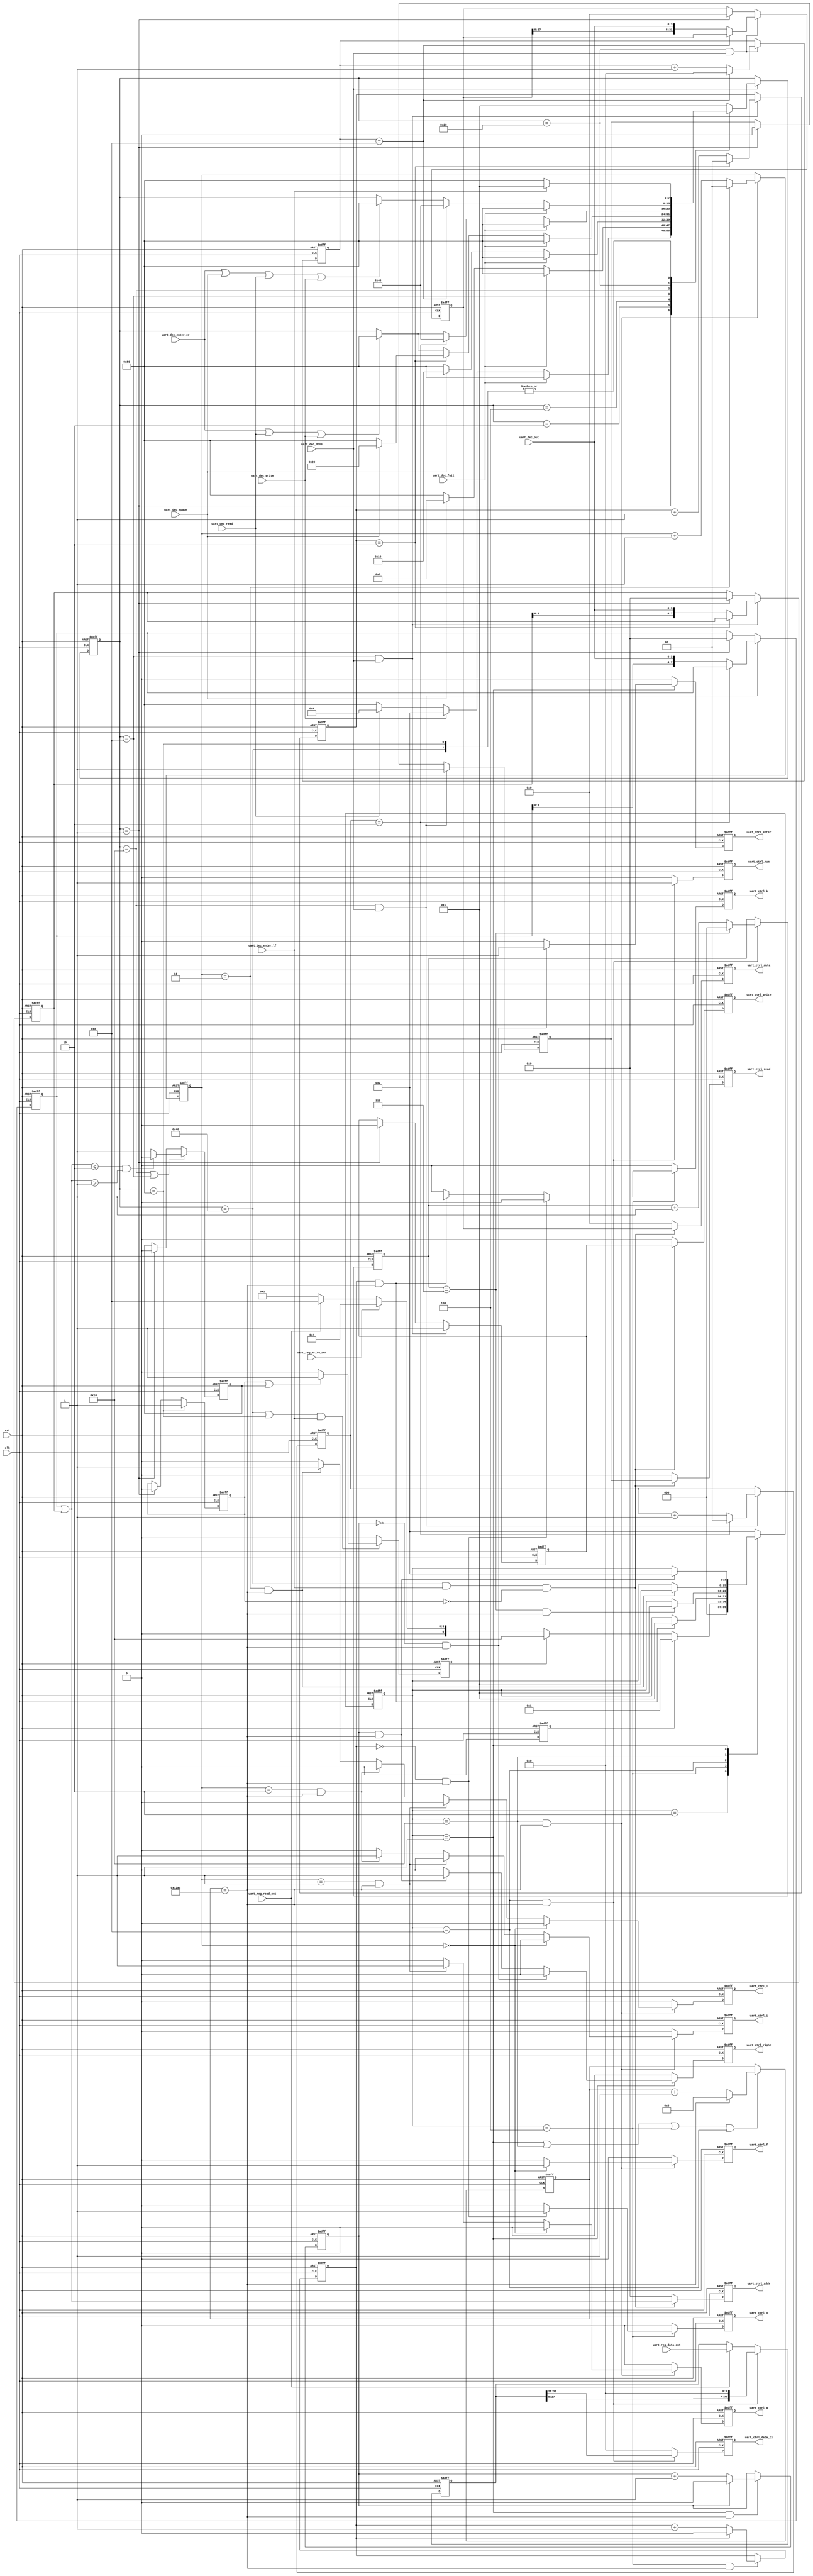
`timescale 1ns / 1ps

module UART_CTRL (
    // system signals
    input   wire                        clk                                     , // (i) clock
    input   wire                        rst                                     , // (i) reset (high-active)

    // UART_DEC
    input   wire[3:0]                   uart_dec_out                            , // (i) UART_DEC data in

    input   wire                        uart_dec_done                           , // (i) UART_DEC start in

    input   wire                        uart_dec_write                          , // (i) signal write
    input   wire                        uart_dec_read                           , // (i) signal read
    input   wire                        uart_dec_space                          , // (i) signal space
    input   wire                        uart_dec_enter_cr                       , // (i) signal enter cr
    input   wire                        uart_dec_enter_lf                       , // (i) signal enter lf

    input   wire                        uart_dec_fail                           , // (i) UART_DEC fail in

    // UART_REG
    input   wire                        uart_reg_read_out                       , // (i) UART_REG read signal
    input   wire                        uart_reg_write_out                      , // (i) UART_REG write signal
    input   wire[31:0]                  uart_reg_data_out                       , // (i) UART_REG data

    // UART_TX
    output  wire                        uart_ctrl_read                          , // (o) UART_CTRL read
    output  wire                        uart_ctrl_write                         , // (o) UART_CTRL write

    output  wire[31:0]                  uart_ctrl_data                          , // (o) UART_CTRL data out
    output  wire[7:0]                   uart_ctrl_addr                          , // (o) UART_CTRL data out

    // UART_ENC
    output  wire                        uart_ctrl_o                             , // (o) O signal
    output  wire                        uart_ctrl_k                             , // (o) K signal

    output  wire                        uart_ctrl_f                             , // (o) F signal
    output  wire                        uart_ctrl_a                             , // (o) A signal
    output  wire                        uart_ctrl_i                             , // (o) I signal
    output  wire                        uart_ctrl_l                             , // (o) L signal

    output  wire                        uart_ctrl_num                           , // (o) number signal
    output  wire[3:0]                   uart_ctrl_data_tx                       , // (o) UART_CTRL data

    output  wire                        uart_ctrl_enter                         , // (o) enter signal
    output  wire                        uart_ctrl_right                           // (o) right signal
    );

    // -------------------------------------------------------------
    // Parameter definition
    // -------------------------------------------------------------
    // STATEs of RECEIVE STATE MACHINE
    parameter                           P_IDLE_RX               = 8'b0000_0001  ; // idle
    parameter                           P_WRITE_RX              = 8'b0000_0010  ; // write
    parameter                           P_READ_RX               = 8'b0000_0100  ; // read
    parameter                           P_ADDR_W_RX             = 8'b0000_1000  ; // addr_w
    parameter                           P_ADDR_R_RX             = 8'b0001_0000  ; // addr_r
    parameter                           P_DATA_RX               = 8'b0010_0000  ; // data
    parameter                           P_ENTER_RX              = 8'b0100_0000  ; // enter
    parameter                           P_FAIL_RX               = 8'b1000_0000  ; // fail

    // STATEs of TRANSFER STATE MACHINE
    parameter                           P_RESET_TX              = 5'b0_0001     ; // reset
    parameter                           P_IDLE_TX               = 5'b0_0010     ; // idle
    parameter                           P_WRITE_TX              = 5'b0_0100     ; // write
    parameter                           P_READ_TX               = 5'b0_1000     ; // read
    parameter                           P_FAIL_TX               = 5'b1_0000     ; // fail

    //time count
    parameter                           TIME_CNT                = 13'd4780      ; //1 data time count
    // -------------------------------------------------------------
    // Internal signal definition
    // -------------------------------------------------------------
    // state machine
    reg         [7:0]                   r_ctrl_state_rx                         ; // FSM receive
    reg         [7:0]                   r_ctrl_state_tx                         ; // FSM transfer

    //reset
    reg                                 r_ctrl_reset                            ; // reset

    // state address write
    reg         [7:0]                   r_addr_w                                ; // write address
    reg         [1:0]                   r_addr_w_cnt                            ; // write address count
    reg                                 r_ctrl_write                            ; // state write register

    // state address read
    reg         [7:0]                   r_addr_r                                ; // read address
    reg         [1:0]                   r_addr_r_cnt                            ; // read address count
    reg                                 r_ctrl_read                             ; // state read register

    // state data write
    reg         [31:0]                  r_data_w                                ; // write data
    reg         [3:0]                   r_data_w_cnt                            ; // write data count

    // state fail
    reg                                 r_addr_fail                             ; // address fail
    reg                                 r_ctrl_fail                             ; // UART_CTRL fail register

    // state send
    reg                                 r_ctrl_read_1                           ; // state read register
    reg                                 r_ctrl_write_1                          ; // state write register
    reg                                 r_ctrl_fail_1                           ; // state fail register
    reg         [7:0]                   r_ctrl_addr_1                           ; // addr register
    reg         [31:0]                  r_ctrl_data_1                           ; // data register

    //transfer clock count
    reg         [12:0]                  r_clk_cnt                               ; // clock count

    //reset
    reg                                 r_rst_cnt                               ; // reset count

    reg                                 r_rst_enter                             ; // enter signal
    reg                                 r_rst_right                             ; // right signal

    //write
    reg                                 r_w_cnt                                 ; // write count

    reg                                 r_w_o                                   ; // O signal
    reg                                 r_w_k                                   ; // K signal

    //read
    reg         [2:0]                   r_r_cnt                                 ; // read count

    reg                                 r_num                                   ; // number signal
    reg         [31:0]                  r_data_buf                              ; // data buffer
    reg         [3:0]                   r_r_data                                ; // data out register

    //fail
    reg         [1:0]                   r_fail_cnt                              ; // fail count

    reg                                 r_fail_f                                ; // F signal
    reg                                 r_fail_a                                ; // A signal
    reg                                 r_fail_i                                ; // I signal
    reg                                 r_fail_l                                ; // L signal
// =============================================================================
// RTL Body
// =============================================================================

    // FSM receive
    always @(posedge clk or posedge rst) begin
        if (rst) begin
            // reset
            r_ctrl_state_rx <= P_IDLE_RX;
        end else if (uart_dec_done) begin
            case ( r_ctrl_state_rx )

                // idle
                P_IDLE_RX : begin
                    if (uart_dec_fail) begin
                        r_ctrl_state_rx <= P_FAIL_RX;
                    end else if (uart_dec_write) begin
                        r_ctrl_state_rx <= P_WRITE_RX;
                    end else if (uart_dec_read) begin
                        r_ctrl_state_rx <= P_READ_RX;
                    end else begin
                        r_ctrl_state_rx <= P_FAIL_RX;
                    end
                end

                // write
                P_WRITE_RX : begin
                    if (uart_dec_fail) begin
                        r_ctrl_state_rx <= P_FAIL_RX;
                    end else if (uart_dec_space) begin
                        r_ctrl_state_rx <= P_ADDR_W_RX;
                    end else begin
                        r_ctrl_state_rx <= P_FAIL_RX;
                    end
                end

                // read
                P_READ_RX : begin
                    if (uart_dec_fail) begin
                        r_ctrl_state_rx <= P_FAIL_RX;
                    end else if (uart_dec_space) begin
                        r_ctrl_state_rx <= P_ADDR_R_RX;
                    end else begin
                        r_ctrl_state_rx <= P_FAIL_RX;
                    end
                end

                // address write
                P_ADDR_W_RX : begin
                    if (uart_dec_fail) begin
                        r_ctrl_state_rx <= P_FAIL_RX;
                    end else if (r_addr_w_cnt == 2'b10) begin
                        if (uart_dec_space) begin
                            r_ctrl_state_rx <= P_DATA_RX;
                        end else begin
                            r_ctrl_state_rx <= P_FAIL_RX;
                        end
                    end else if (uart_dec_enter_cr || uart_dec_read || uart_dec_write) begin
                        r_ctrl_state_rx <= P_FAIL_RX;
                    end
                end

                // address read
                P_ADDR_R_RX : begin
                    if (uart_dec_fail) begin
                        r_ctrl_state_rx <= P_FAIL_RX;
                    end else if (r_addr_r_cnt == 2'b10) begin
                            r_ctrl_state_rx <= P_ENTER_RX;
                    end else begin
                        if (uart_dec_enter_cr || uart_dec_read || uart_dec_write) begin
                            r_ctrl_state_rx <= P_FAIL_RX;
                        end
                    end
                end

                // data write
                P_DATA_RX : begin
                    if (uart_dec_fail) begin
                        r_ctrl_state_rx <= P_FAIL_RX;
                    end else if (r_data_w_cnt == 4'b1000) begin
                            r_ctrl_state_rx <= P_ENTER_RX;
                    end else begin
                        if (uart_dec_enter_cr || uart_dec_space || uart_dec_read || uart_dec_write) begin
                            r_ctrl_state_rx <= P_FAIL_RX;
                        end
                    end
                end

                // enter
                P_ENTER_RX : begin
                    if (uart_dec_enter_lf) begin
                        r_ctrl_state_rx <= P_IDLE_RX;
                    end else begin
                        r_ctrl_state_rx <= P_FAIL_RX;
                    end
                end

                // fail
                P_FAIL_RX : begin
                    if (uart_dec_enter_lf) begin
                        r_ctrl_state_rx <= P_IDLE_RX;
                    end else begin
                        r_ctrl_state_rx <= P_FAIL_RX;
                    end
                end

                default : begin
                    r_ctrl_state_rx <= P_IDLE_RX;
                end
            endcase
        end
    end

    // reset
    always @(posedge clk or posedge rst) begin
        if (rst) begin
            // reset
            r_ctrl_reset <= 1'b1;
        end else begin
            r_ctrl_reset <= 1'b0;
        end
    end

    // address write
    always @(posedge clk or posedge rst) begin
        if (rst) begin
            // reset
            r_addr_w        <= 8'b0;
            r_ctrl_write    <= 1'b0;
        end else begin
            if (r_ctrl_state_rx == P_ADDR_W_RX && uart_dec_done) begin
                r_ctrl_write <= 1'b1;
                if (r_addr_w_cnt == 2'b10) begin
                    r_addr_w <= r_addr_w;
                end else begin
                    r_addr_w <= { r_addr_w[3:0], uart_dec_out };
                end
            end else if (r_ctrl_state_rx == P_IDLE_RX) begin
                r_addr_w        <= 8'b0;
                r_ctrl_write    <= 1'b0;
            end
        end
    end

    // address write counter
    always @(posedge clk or posedge rst) begin
        if (rst) begin
            // reset
            r_addr_w_cnt <= 2'b0;
        end else begin
            if (r_ctrl_state_rx == P_ADDR_W_RX && uart_dec_done) begin
                if (r_addr_w_cnt == 2'b10) begin
                    r_addr_w_cnt <= 2'b0;
                end else begin
                    r_addr_w_cnt <= r_addr_w_cnt + 2'b1;
                end
            end
        end
    end

    // address read
    always @(posedge clk or posedge rst) begin
        if (rst) begin
            // reset
            r_addr_r    <= 8'b0;
            r_ctrl_read <= 1'b0;
        end else begin
            if (r_ctrl_state_rx == P_ADDR_R_RX && uart_dec_done) begin
                r_ctrl_read <= 1'b1;
                if (r_addr_r_cnt == 2'b10) begin
                    r_addr_r <= r_addr_r;
                end else begin
                    r_addr_r <= { r_addr_r[3:0], uart_dec_out };
                end
            end else if (r_ctrl_state_rx == P_IDLE_RX) begin
                r_addr_r    <= 8'b0;
                r_ctrl_read <= 1'b0;
            end
        end
    end

    // address read counter
    always @(posedge clk or posedge rst) begin
        if (rst) begin
            // reset
            r_addr_r_cnt <= 2'b0;
        end else begin
            if (r_ctrl_state_rx == P_ADDR_R_RX && uart_dec_done) begin
                if (r_addr_r_cnt == 2'b10) begin
                    r_addr_r_cnt <= 2'b0;
                end else begin
                    r_addr_r_cnt <= r_addr_r_cnt + 2'b1;
                end
            end
        end
    end

    // data write
    always @(posedge clk or posedge rst) begin
        if (rst) begin
            // reset
            r_data_w <= 32'b0;
        end else begin
            if (r_ctrl_state_rx == P_DATA_RX && uart_dec_done) begin
                if (r_data_w_cnt == 4'b1000) begin
                    r_data_w <= r_data_w;
                end else begin
                    r_data_w <= { r_data_w[27:0], uart_dec_out };
                end
            end else if (r_ctrl_state_rx == P_IDLE_RX) begin
                r_data_w <= 32'b0;
            end
        end
    end

    // data write counter
    always @(posedge clk or posedge rst) begin
        if (rst) begin
            // reset
            r_data_w_cnt <= 4'b0;
        end else begin
            if (r_ctrl_state_rx == P_DATA_RX && uart_dec_done) begin
                if (r_data_w_cnt == 4'b1000) begin
                    r_data_w_cnt <= 4'b0;
                end else begin
                    r_data_w_cnt <= r_data_w_cnt + 4'b1;
                end
            end
        end
    end

    // address judge
    always @(posedge clk or posedge rst) begin
        if (rst) begin
            // reset
            r_addr_fail <= 1'b0;
        end else begin
            if (r_ctrl_state_rx == P_ADDR_R_RX || r_ctrl_state_rx == P_ADDR_W_RX) begin
                if ((r_addr_r | r_addr_w) <= 2'b10 && (r_addr_r | r_addr_w) >= 2'b1) begin
                    r_addr_fail <= 1'b0;
                end else begin
                    r_addr_fail <= 1'b1;
                end
            end else if (r_ctrl_state_rx == P_IDLE_RX) begin
                r_addr_fail <= 1'b0;
            end
        end
    end

    // state fail
    always @(posedge clk or posedge rst) begin
        if (rst) begin
            // reset
            r_ctrl_fail <= 1'b0;
        end else if (r_ctrl_state_rx == P_FAIL_RX) begin
            r_ctrl_fail <= 1'b1;
        end else if (r_ctrl_state_rx == P_IDLE_RX) begin
            r_ctrl_fail <= 1'b0;
        end
    end

    // fail send
    always @(posedge clk or posedge rst) begin                                  // send fail after enter lf
        if (rst) begin
            // reset
            r_ctrl_fail_1  <= 1'b0;
        end else if ((r_ctrl_state_rx == P_ENTER_RX || r_ctrl_state_rx == P_FAIL_RX) && uart_dec_enter_lf) begin
            if (r_ctrl_fail || r_addr_fail) begin
                r_ctrl_fail_1  <= 1'b1;
            end else begin
                r_ctrl_fail_1  <= 1'b0;
            end
        end else begin
            r_ctrl_fail_1 <= 1'b0;
        end
    end

    // write/read send
    always @(posedge clk or posedge rst) begin                                  // send write/read data after enter lf
        if (rst) begin
            // reset
            r_ctrl_read_1   <= 'b0;
            r_ctrl_write_1  <= 'b0;
            r_ctrl_addr_1   <= 'b0;
            r_ctrl_data_1   <= 'b0;
        end else begin
            if (r_ctrl_state_rx == P_ENTER_RX && uart_dec_enter_lf && !r_ctrl_fail) begin
                r_ctrl_read_1   <= r_ctrl_read;
                r_ctrl_write_1  <= r_ctrl_write;
                r_ctrl_addr_1   <= r_addr_w | r_addr_r;
                r_ctrl_data_1   <= r_data_w;
            end else begin
                r_ctrl_read_1   <= 'b0;
                r_ctrl_write_1  <= 'b0;
                r_ctrl_addr_1   <= 'b0;
                r_ctrl_data_1   <= 'b0;
            end
        end
    end

    assign uart_ctrl_read       = r_ctrl_read_1;
    assign uart_ctrl_write      = r_ctrl_write_1;

    assign uart_ctrl_data       = r_ctrl_data_1;
    assign uart_ctrl_addr       = r_ctrl_addr_1;

    // FSM transfer
    always @(posedge clk or posedge rst) begin
        if (rst) begin
            // reset
            r_ctrl_state_tx <= P_IDLE_TX;
        end else begin
            case ( r_ctrl_state_tx )

                P_IDLE_TX  : begin
                    if (r_ctrl_reset) begin
                        r_ctrl_state_tx <= P_RESET_TX;
                    end else if (r_ctrl_fail_1) begin
                        r_ctrl_state_tx <= P_FAIL_TX;
                    end else if (uart_reg_write_out) begin
                        r_ctrl_state_tx <= P_WRITE_TX;
                    end else if (uart_reg_read_out) begin
                        r_ctrl_state_tx <= P_READ_TX;
                    end else begin
                        r_ctrl_state_tx <= P_IDLE_TX;
                    end
                end

                P_WRITE_TX : begin
                    if (r_w_cnt == 1'b1 && r_clk_cnt == TIME_CNT) begin
                        r_ctrl_state_tx <= P_RESET_TX;
                    end
                end

                P_READ_TX  : begin
                    if (r_r_cnt == 3'b111 && r_clk_cnt == TIME_CNT) begin
                        r_ctrl_state_tx <= P_RESET_TX;
                    end
                end

                P_FAIL_TX  : begin
                    if (r_fail_cnt == 2'b11 && r_clk_cnt == TIME_CNT) begin
                        r_ctrl_state_tx <= P_RESET_TX;
                    end
                end

                P_RESET_TX : begin
                    if (r_rst_cnt == 1'b1 && r_clk_cnt == TIME_CNT) begin
                        r_ctrl_state_tx <= P_IDLE_TX;
                    end
                end

                default    : begin
                    r_ctrl_state_tx <= P_IDLE_TX;
                end

            endcase
        end
    end

    // clock counter
    always @(posedge clk or posedge rst) begin
        if (rst) begin
            // reset
            r_clk_cnt <= 13'b0;
        end else begin
            if (r_ctrl_state_tx == P_RESET_TX ||
                r_ctrl_state_tx == P_FAIL_TX  ||
                r_ctrl_state_tx == P_WRITE_TX ||
                r_ctrl_state_tx == P_READ_TX  ) begin
                if (r_clk_cnt == TIME_CNT) begin
                    r_clk_cnt <= 13'b0;
                end else begin
                    r_clk_cnt <= r_clk_cnt + 13'b1;
                end
            end
        end
    end

    // reset
    always @(posedge clk or posedge rst) begin
        if (rst) begin
            // reset
            r_rst_enter <= 1'b0;
            r_rst_right <= 1'b0;
        end else begin
            if (r_ctrl_state_tx == P_RESET_TX) begin
                if (r_rst_cnt == 1'b0 && r_clk_cnt == TIME_CNT) begin
                    r_rst_enter <= 1'b1;
                    r_rst_right <= 1'b0;
                end else if (r_rst_cnt == 1'b1 && r_clk_cnt == TIME_CNT) begin
                    r_rst_enter <= 1'b0;
                    r_rst_right <= 1'b1;
                end else begin
                    r_rst_enter <= 1'b0;
                    r_rst_right <= 1'b0;
                end
            end else begin
                r_rst_enter <= 1'b0;
                r_rst_right <= 1'b0;
            end
        end
    end

    // reset counter
    always @(posedge clk or posedge rst) begin
        if (rst) begin
            // reset
            r_rst_cnt <= 1'b0;
        end else begin
            if (r_ctrl_state_tx == P_RESET_TX && r_clk_cnt == TIME_CNT) begin
                if (r_rst_cnt == 1'b1) begin
                    r_rst_cnt <= 1'b0;
                end else begin
                    r_rst_cnt <= r_rst_cnt + 1'b1;
                end
            end
        end
    end

    // write
    always @(posedge clk or posedge rst) begin
        if (rst) begin
            // reset
            r_w_o <= 1'b0;
            r_w_k <= 1'b0;
        end else begin
            if (r_ctrl_state_tx == P_WRITE_TX) begin
                if (r_w_cnt == 1'b0 && r_clk_cnt == TIME_CNT) begin
                    r_w_o <= 1'b1;
                    r_w_k <= 1'b0;
                end else if (r_w_cnt == 1'b1 && r_clk_cnt == TIME_CNT) begin
                    r_w_o <= 1'b0;
                    r_w_k <= 1'b1;
                end else begin
                    r_w_o <= 1'b0;
                    r_w_k <= 1'b0;
                end
            end else begin
                r_w_o <= 1'b0;
                r_w_k <= 1'b0;
            end
        end
    end

    // write counter
    always @(posedge clk or posedge rst) begin
        if (rst) begin
            // reset
            r_w_cnt <= 1'b0;
        end else begin
            if (r_ctrl_state_tx == P_WRITE_TX && r_clk_cnt == TIME_CNT) begin
                if (r_w_cnt == 1'b1) begin
                    r_w_cnt <= 1'b0;
                end else begin
                    r_w_cnt <= r_w_cnt + 1'b1;
                end
            end
        end
    end

    // data buffer
    always @(posedge clk or posedge rst) begin
        if (rst) begin
            // reset
            r_data_buf <= 32'b0;
        end else begin
            if (uart_reg_read_out) begin
                r_data_buf <= uart_reg_data_out;
            end

            if (r_ctrl_state_tx == P_READ_TX && r_clk_cnt == TIME_CNT) begin
                r_data_buf  <= r_data_buf << 4;
            end
        end
    end

    // read
    always @(posedge clk or posedge rst) begin
        if (rst) begin
            // reset
            r_r_data    <= 3'b0;
            r_num       <= 1'b0;
        end else begin
            if (r_ctrl_state_tx == P_READ_TX && r_clk_cnt == TIME_CNT) begin
                r_r_data    <= r_data_buf[31:28];
                r_num       <= 1'b1;
            end else begin
                r_r_data    <= 3'b0;
                r_num       <= 1'b0;
            end
        end
    end

    // read counter
    always @(posedge clk or posedge rst) begin
        if (rst) begin
            // reset
            r_r_cnt <= 3'b0;
        end else begin
            if (r_ctrl_state_tx == P_READ_TX && r_clk_cnt == TIME_CNT) begin
                if (r_r_cnt == 3'b111) begin
                    r_r_cnt <= 3'b0;
                end else begin
                    r_r_cnt <= r_r_cnt + 3'b1;
                end
            end
        end
    end

    // fail
    always @(posedge clk or posedge rst) begin
        if (rst) begin
            // reset
            r_fail_f <= 1'b0;
            r_fail_a <= 1'b0;
            r_fail_i <= 1'b0;
            r_fail_l <= 1'b0;
        end else begin
            if (r_ctrl_state_tx == P_FAIL_TX && r_clk_cnt == TIME_CNT) begin
                if (r_fail_cnt == 2'b0) begin
                    r_fail_f <= 1'b1;
                    r_fail_a <= 1'b0;
                    r_fail_i <= 1'b0;
                    r_fail_l <= 1'b0;
                end else if (r_fail_cnt == 2'b1 && r_clk_cnt == TIME_CNT) begin
                    r_fail_f <= 1'b0;
                    r_fail_a <= 1'b1;
                    r_fail_i <= 1'b0;
                    r_fail_l <= 1'b0;
                end else if (r_fail_cnt == 2'b10 && r_clk_cnt == TIME_CNT) begin
                    r_fail_f <= 1'b0;
                    r_fail_a <= 1'b0;
                    r_fail_i <= 1'b1;
                    r_fail_l <= 1'b0;
                end else if (r_fail_cnt == 2'b11 && r_clk_cnt == TIME_CNT) begin
                    r_fail_f <= 1'b0;
                    r_fail_a <= 1'b0;
                    r_fail_i <= 1'b0;
                    r_fail_l <= 1'b1;
                end else begin
                    r_fail_f <= 1'b0;
                    r_fail_a <= 1'b0;
                    r_fail_i <= 1'b0;
                    r_fail_l <= 1'b0;
                end
            end else begin
                r_fail_f <= 1'b0;
                r_fail_a <= 1'b0;
                r_fail_i <= 1'b0;
                r_fail_l <= 1'b0;
            end
        end
    end

    // fail counter
    always @(posedge clk or posedge rst) begin
        if (rst) begin
            // reset
            r_fail_cnt <= 1'b0;
        end else begin
            if (r_ctrl_state_tx == P_FAIL_TX && r_clk_cnt == TIME_CNT) begin
                if (r_fail_cnt == 2'b11) begin
                    r_fail_cnt <= 2'b0;
                end else begin
                    r_fail_cnt <= r_fail_cnt + 1'b1;
                end
            end
        end
    end

    assign uart_ctrl_o          = r_w_o;
    assign uart_ctrl_k          = r_w_k;

    assign uart_ctrl_f          = r_fail_f;
    assign uart_ctrl_a          = r_fail_a;
    assign uart_ctrl_i          = r_fail_i;
    assign uart_ctrl_l          = r_fail_l;

    assign uart_ctrl_num        = r_num;
    assign uart_ctrl_data_tx    = r_r_data;

    assign uart_ctrl_enter      = r_rst_enter;
    assign uart_ctrl_right      = r_rst_right;

endmodule